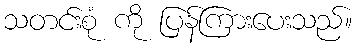
သတင်းစုံ ကို ပြန်ကြားပေးသည်။